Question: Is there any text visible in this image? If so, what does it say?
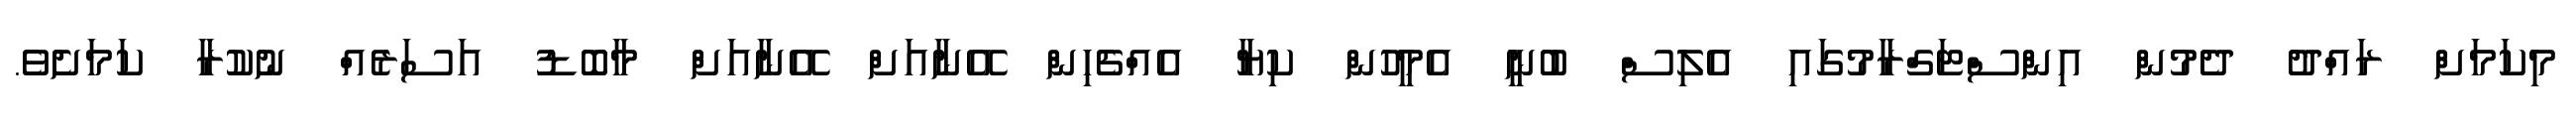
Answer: މިކަމަށް ރައްދު ދެމުން އިންސްޓަގްރާމުގައި އެލިސް ބުނީ އެމީހުން ކިޔާ އެއްޗެހިން އޭނާއަށް އޭނާއަށް މާބޮޑު އަސަރެއް ނުކުރާ ކަމަށެވެ.